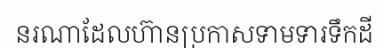
នរណាដែលហ៊ានប្រកាសទាមទារទឹកដី